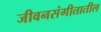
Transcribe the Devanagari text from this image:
जीवनसंगीतातील